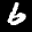
Label: 6